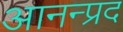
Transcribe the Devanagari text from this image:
आनन्प्रद